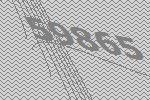
59865